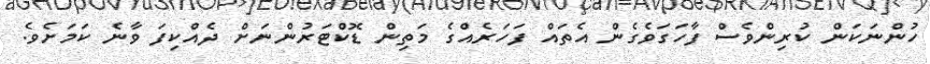
ހުންނަކަން ކުރިންވެސް ފާހަގަވެގެން އެތައް ފަހަރެއްގެ މަތިން ޑޮކްޓަރުންނަށް ދެއްކިފަ ވާނެ ކަމަށެވެ.